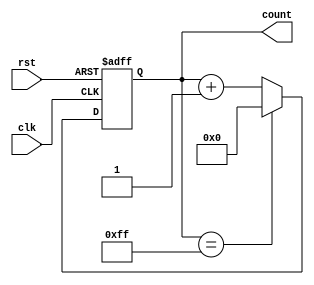
module IncrementalCounter (
    input wire clk,         // Increment Trigger (Clock)
    input wire rst,         // Reset Signal (Asynchronous)
    output reg [7:0] count  // Current count value (8-bit)
);

    // Always block that describes the behavior of the counter
    always @(posedge clk or posedge rst) begin
        if (rst) begin
            count <= 8'b0;  // Reset the counter to zero
        end else begin
            if (count == 8'hFF) begin
                count <= 8'b0;  // Wrap around on overflow
            end else begin
                count <= count + 1;  // Increment the counter
            end
        end
    end

endmodule